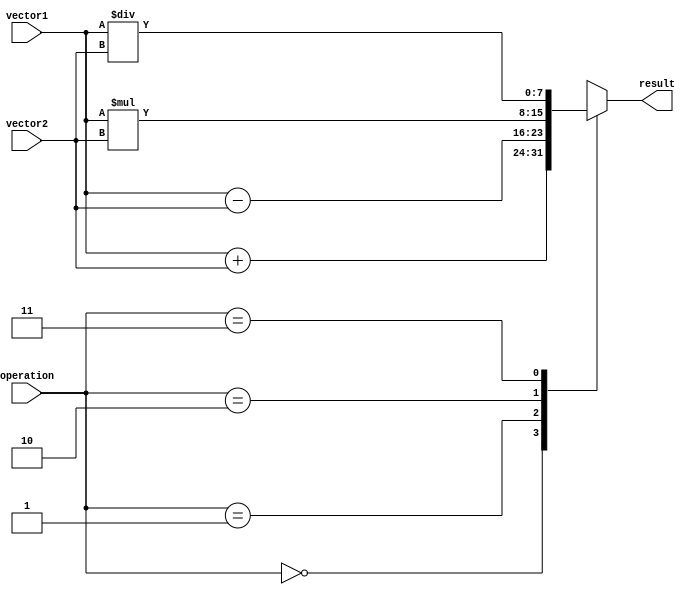
module VectorALU (
    input [7:0] vector1,
    input [7:0] vector2,
    input [1:0] operation, // 00: addition, 01: subtraction, 10: multiplication, 11: division
    output reg [7:0] result
);

always @(*)
begin
    case(operation)
        2'b00: result = vector1 + vector2; // Addition
        2'b01: result = vector1 - vector2; // Subtraction
        2'b10: result = vector1 * vector2; // Multiplication
        2'b11: result = vector1 / vector2; // Division
    endcase
end

endmodule